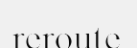
reroute